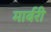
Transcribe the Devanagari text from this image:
मार्बरी